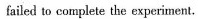
failed to complete the experiment.